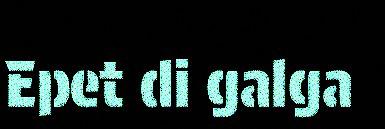
Epet di galga